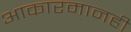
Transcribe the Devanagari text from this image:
आकारमानही